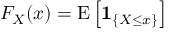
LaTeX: F _ { X } ( x ) = \operatorname { E } \left[ \mathbf { 1 } _ { \{ X \leq x \} } \right]